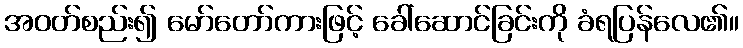
အဝတ်စည်း၍ မော်တော်ကားဖြင့် ခေါ်ဆောင်ခြင်းကို ခံရပြန်လေ၏။